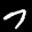
Label: 7